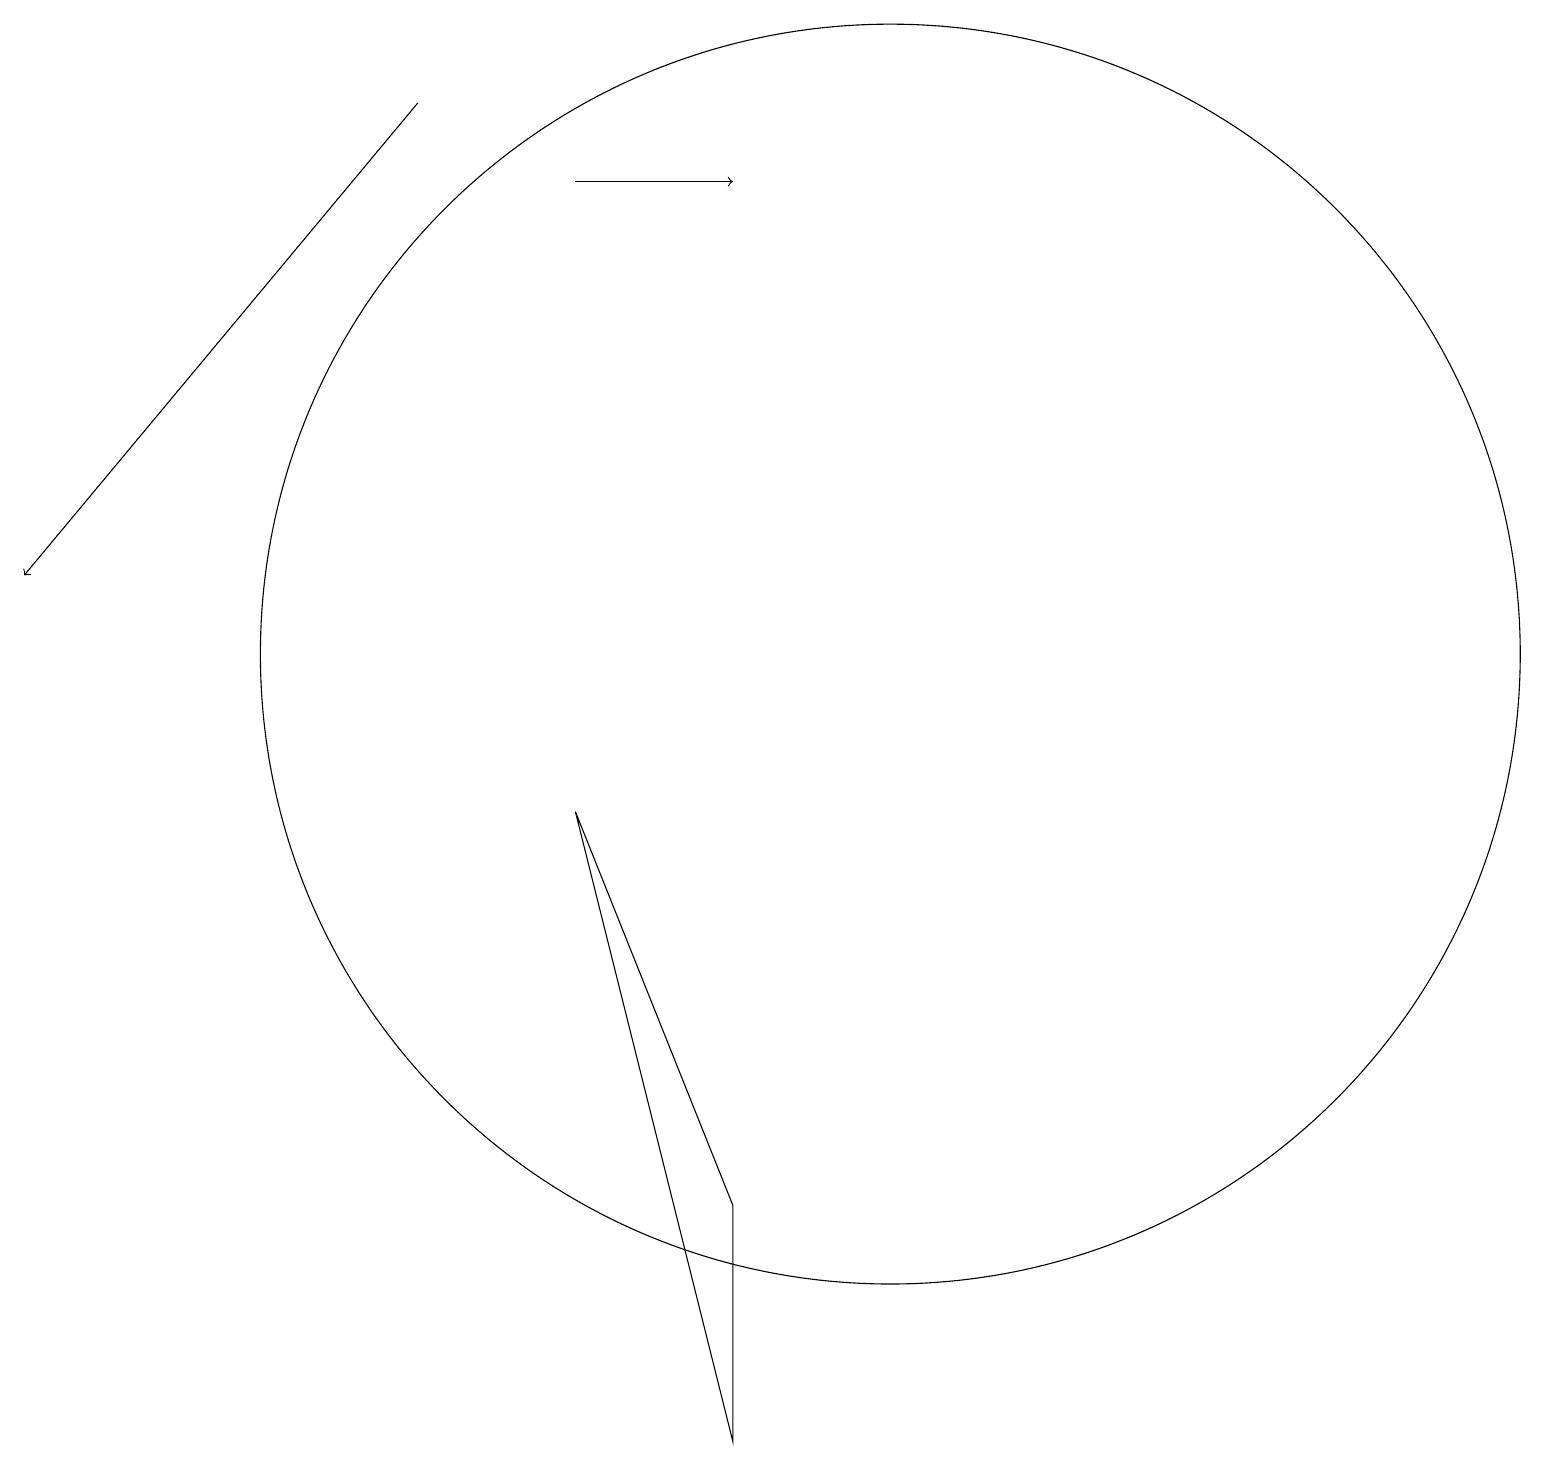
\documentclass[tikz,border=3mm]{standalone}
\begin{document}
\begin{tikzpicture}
\draw (11,10) circle (8);
\draw[->] (7,16) -- (9,16);
\draw[->] (5,17) -- (0,11);
\draw (9,3) -- (9,0) -- (7,8) -- cycle;
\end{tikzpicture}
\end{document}